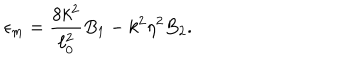
\epsilon _ { \mathrm { m } } = { \frac { 8 k ^ { 2 } } { \ell _ { 0 } ^ { 2 } } } B _ { 1 } - k ^ { 2 } \eta ^ { 2 } B _ { 2 } .